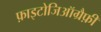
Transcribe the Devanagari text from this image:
फ़ाइटोजिऑग्रैफ़ी